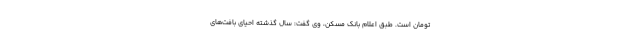
تومان است. طبق اعلام بانک مسکن، وی گفت: سال گذشته‌ احیای بافت‌های